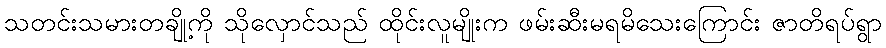
သတင်းသမားတချို့ကို သိုလှောင်သည် ထိုင်းလူမျိုးက ဖမ်းဆီးမရမိသေးကြောင်း ဇာတိရပ်ရွာ